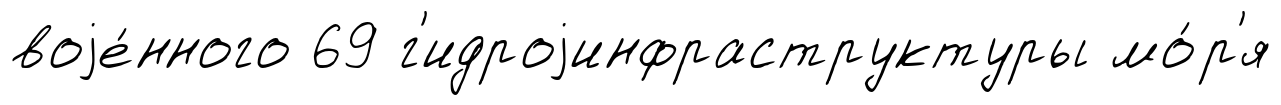
воjе́нного 69 г'идроjинфраструктуры мо́р'я